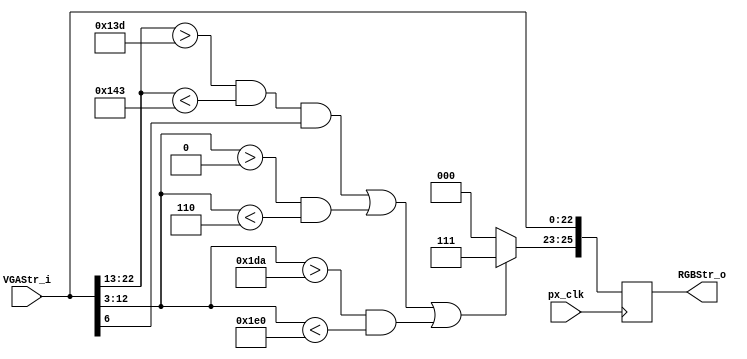
//////////////////////////////////////////////////////////////////////////////////
// Company: Ridotech
// 
// Module Name: PxsCourt
// Description: Draw a tennis court in a stream RGB.
//
// Dependencies: 
//
// Revision: 
// Revision 1.00 - File Created
//
// Additional Comments:
//
//////////////////////////////////////////////////////////////////////////////////
module PxsCourt (
                input wire        px_clk,       // Pixel clock.
                input wire [22:0] VGAStr_i,     // Input VGA stream.
                output reg [25:0] RGBStr_o      // Output RGB stream.
                );

// Address alias.
`define Active 0:0
`define VS     1:1
`define HS     2:2
`define YC     12:3
`define XC     22:13
`define R      23:23
`define G      24:24
`define B      25:25
`define RGB    25:23
`define VGA    22:0
`define separator_line 6:6

// Dimensions.
localparam width_line = 6;
localparam width_screen = 640;
localparam height_screen = 480;

// Colors.
localparam black = 3'b000;
localparam white = 3'b111;

// Task 1: Draw lines.
always @(posedge px_clk)
begin
    // Clone VGA stream in a RGB stream.
    RGBStr_o[`VGA] <= VGAStr_i[`VGA];

    // Draw lines.
    RGBStr_o[`RGB] <= (
                       // Middle line.
                       ((VGAStr_i[`XC] > (width_screen/2 - width_line/2)) && (VGAStr_i[`XC] < (width_screen/2 + width_line/2)) && (VGAStr_i[`separator_line])) ||
                       // Top line.
                       ((VGAStr_i[`YC] > 0) && (VGAStr_i[`YC] < width_line)) ||
                       // Bottom line.
                       ((VGAStr_i[`YC] > (height_screen - width_line)) && (VGAStr_i[`YC] < height_screen))
                      ) ? white : black;
end

endmodule